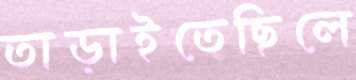
তাড়াইতেছিলে